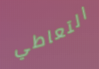
التعاطي